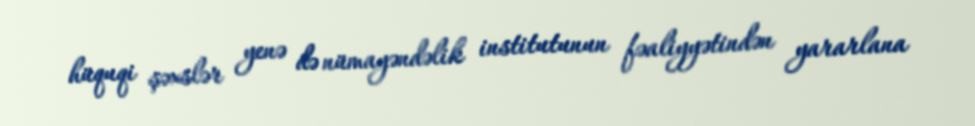
hüquqi şəxslər yenə də nümayəndəlik institutunun fəaliyyətindən yararlana